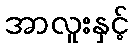
အာလူးနှင့်